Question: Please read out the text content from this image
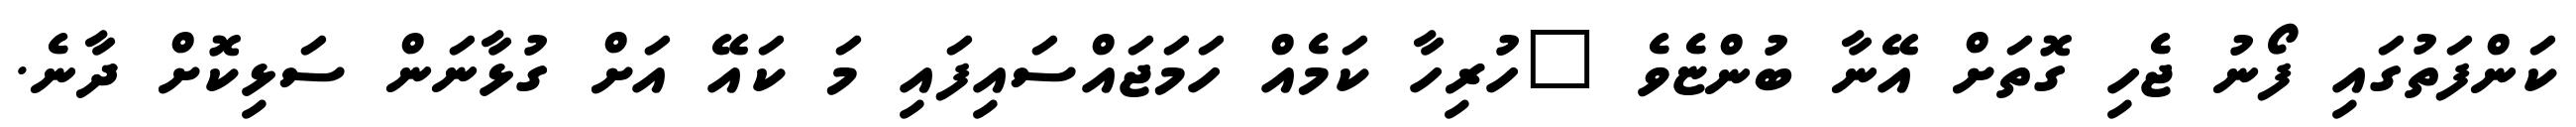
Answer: ކަންފަތުގައި ފޯނު ޖެހި ގޮތަށް އޭނާ ބުންޏެވެ "ހުރިހާ ކަމެއް ހަމަޖައްސައިފައި މަ ކައޭ އަށް ގުޅާނަން ސަޅިކޮށް ދާނެ.